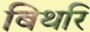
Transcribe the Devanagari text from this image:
बिथरि